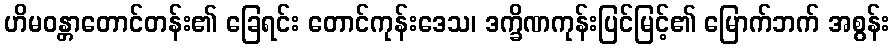
ဟိမဝန္တာတောင်တန်း၏ ခြေရင်း တောင်ကုန်းဒေသ၊ ဒက္ခိဏကုန်းပြင်မြင့်၏ မြောက်ဘက် အစွန်း